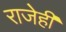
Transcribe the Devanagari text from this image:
राजेही